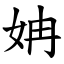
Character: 姌